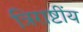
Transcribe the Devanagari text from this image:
त्रिराष्टींय